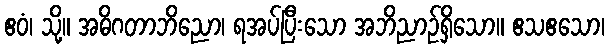
ဧဝံ၊ သို့။ အဓိဂတာဘိညော၊ ရအပ်ပြီးသော အဘိညာဉ်ရှိသော။ ဧသဧသော၊